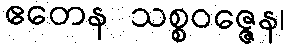
ဧတေန သစ္စဝဇ္ဇေန၊